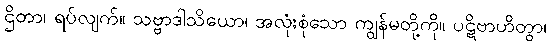
ဌိတာ၊ ရပ်လျက်။ သဗ္ဗာဒါသိယော၊ အလုံးစုံသော ကျွန်မတို့ကို။ ပဋိဗာဟိတွာ၊